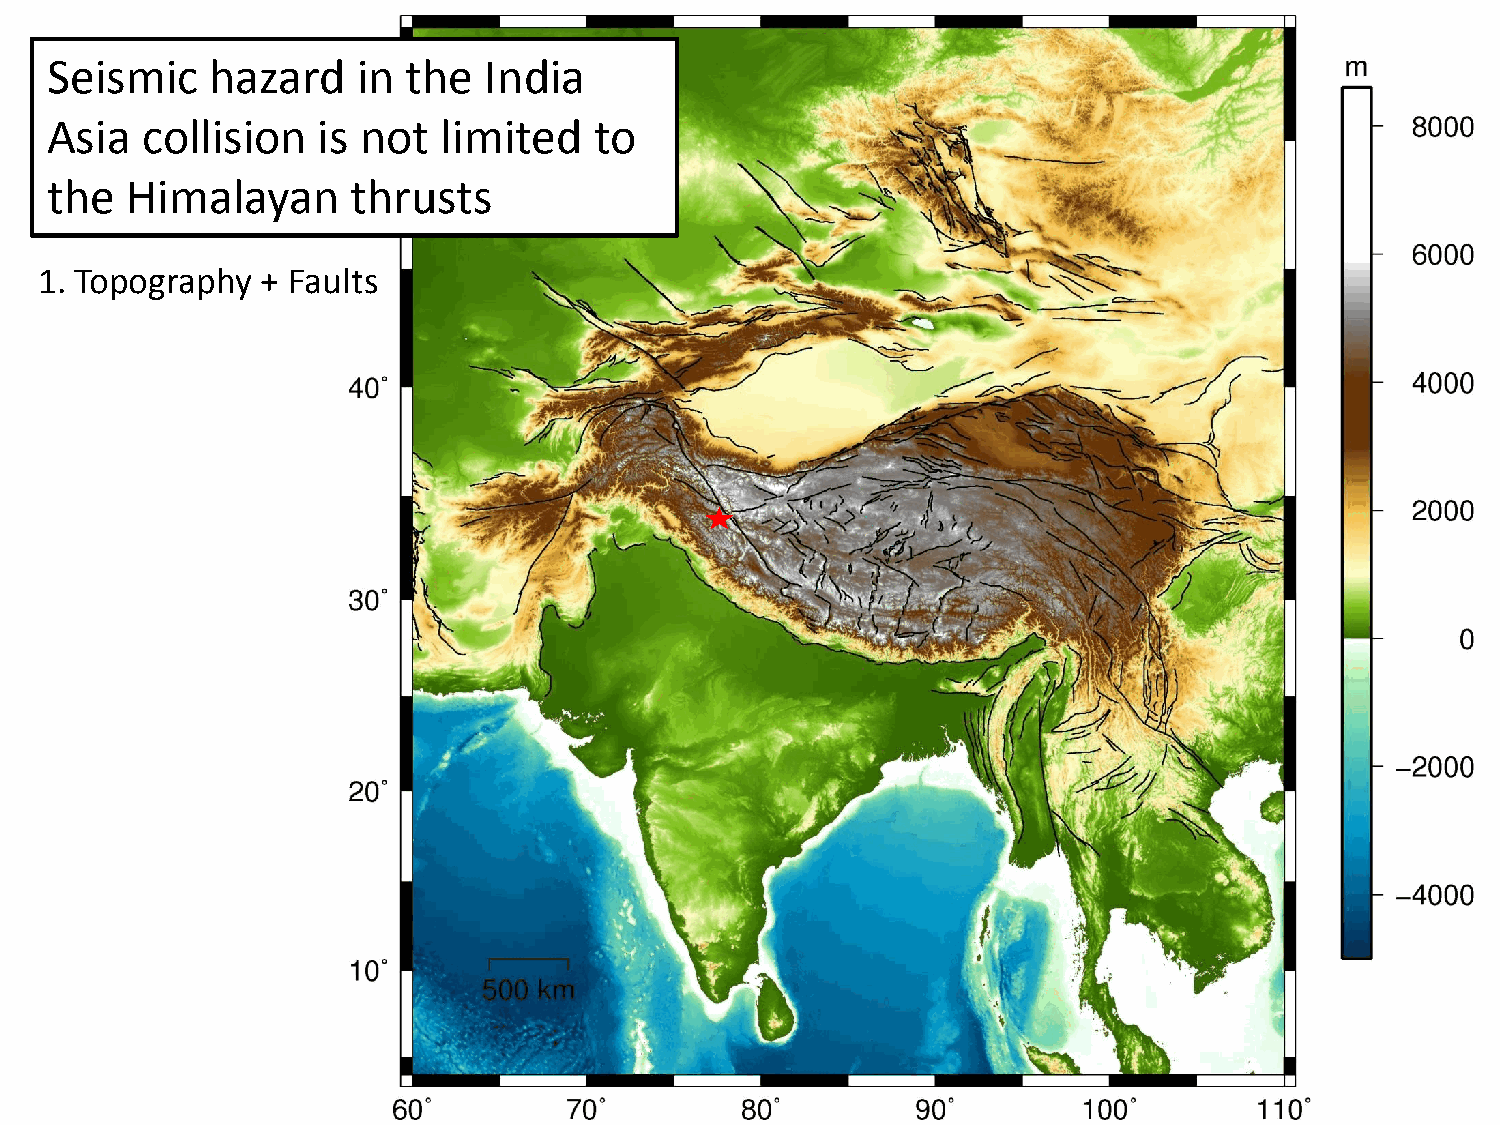
Seismic    hazard    in the  India
 Asia  collision   is not  limited   to
 the  Himalayan      thrusts
 1. Topography  + Faults